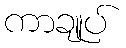
ကာချုပ်